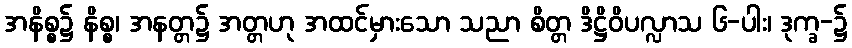
အနိစ္စ၌ နိစ္စ၊ အနတ္တ၌ အတ္တဟု အထင်မှားသော သညာ စိတ္တ ဒိဋ္ဌိဝိပလ္လာသ ၆-ပါး၊ ဒုက္ခ-၌